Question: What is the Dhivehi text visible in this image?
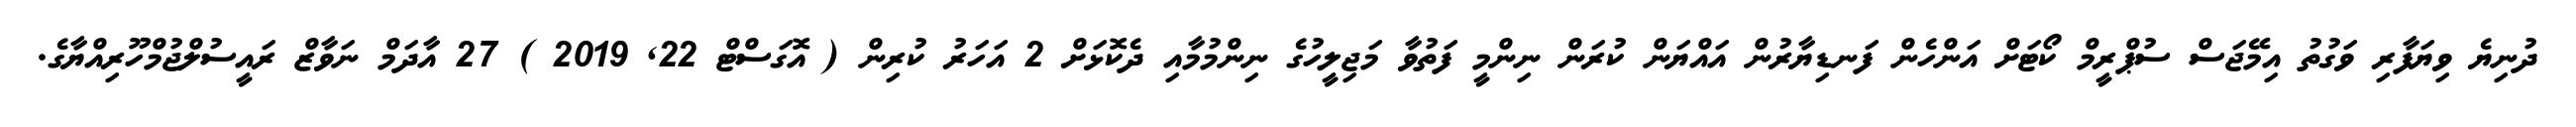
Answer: ދުނިޔެ ވިޔަފާރި ވަގުތު އިމޭޖަސް ސުޕްރީމް ކޯޓަށް އަންހެން ފަނޑިޔާރުން އައްޔަން ކުރަން ނިންމީ ފަތުވާ މަޖިލީހުގެ ނިންމުމާއި ދެކޮޅަށް 2 އަހަރު ކުރިން ( އޮގަސްޓް 22, 2019 ) 27 އާދަމް ނަވާޒް ރައީސުލްޖުމްހޫރިއްޔާގެ.